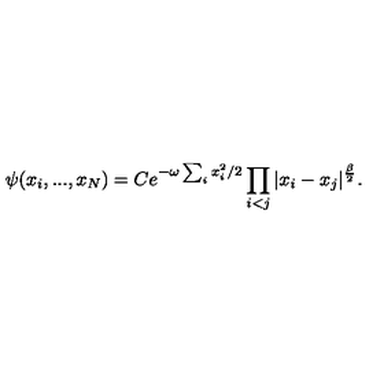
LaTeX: \psi ( x _ { i } , . . . , x _ { N } ) = C e ^ { - \omega \sum _ { i } x _ { i } ^ { 2 } / 2 } \prod _ { i < j } | x _ { i } - x _ { j } | ^ { \frac { \beta } { 2 } } .